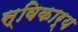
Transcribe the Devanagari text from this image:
स्विकार्य